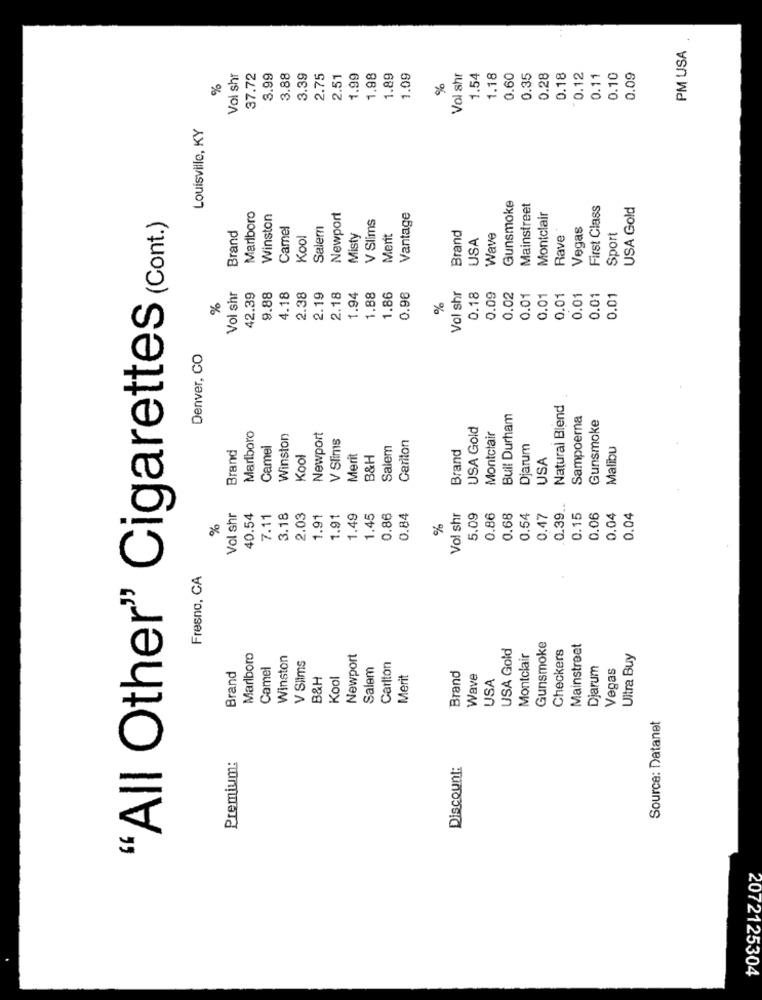
PM USA
Vol shr
37.72
3.99
3.88
3.39
2.75
2.51
1.99
1.98
1.89
1.09
Vol shr
1.54
1.18
0.60
0.35
0.28
0.18
0.12
0.11
0.10
0.09
%
%
Louisville, KY
Gunsmoke
Mainstreet
First Class
USA Gold
Marlboro
Winston
Newport
V Slims
Vantage
Montclair
"All Other" Cigarettes (Cont.)
Camel
Salem
Brand
Vegas
Brand
Kool
Misty
Merit
USA
Wave
Rave
Sport
Vol shr
42.39
9.88
4.18
2.38
2.19
2.18
1.94
1.88
1.86
0.96
Vol shr
0.18
0.09
0.02
0.01
0.01
0.01
0.01
0.01
0.01
%
%
Denver, CO
Natural Blend
Buil Durham
Sampoerna
Gunsmoke
USA Gold
Marlboro
Winston
Newport
V Slims
Carlton
Montclair
Camel
Salem
Brand
Djarum
Malibu
Brand
Kool
Merit
B&H
USA
0.39 ..
Vol shr
40.54
7.11
3.18
2.03
1.91
1.91
1.49
1.45
0.86
0.84
Vol shr
5.09
0.86
0.68
0.54
0.47
0.15
0.06
0.04
0.04
Fresno, CA
USA Gold
Gunsmoke
Checkers
Mainstreet
Marlboro
Winston
V Slims
Newport
Montclair
Uitra Buy
Camel
Salem
Carlton
Djarum
Vegas
Brand
B&H
Kool
Merit
Brand
Wave
USA
Source: Datanet
Premium:
Discount:
2072125304